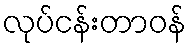
လုပ်ငန်းတာဝန်